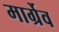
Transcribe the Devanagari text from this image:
मार्ग्रेव